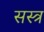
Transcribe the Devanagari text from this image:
सस्त्र